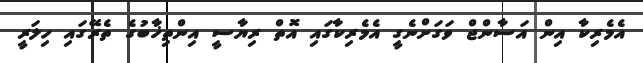
އެމެރިކާ އިން އަސާންޖް ވަގަށްނެގީ އެމެރިކާގައި އޮތް ރިޔާސީ އިންތިޚާބުގެ ތެރޭގައި ހިލަރީ